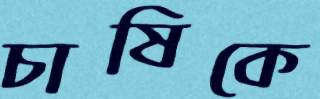
চাষিকে